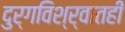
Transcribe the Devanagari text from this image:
दुर्गविश्र्वातही